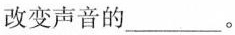
改变声音的___。